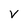
Character: V